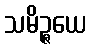
သမိဉ္ဇယေ